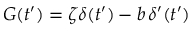
G ( t ^ { \prime } ) = \zeta \delta ( t ^ { \prime } ) - b \, \delta ^ { \prime } ( t ^ { \prime } )